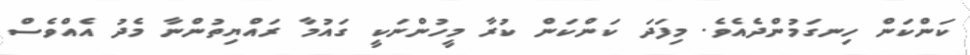
ކަންކަން ހިނގަމުންދެއެވެ. މިފަދަ ކަންކަން ކުރާ މީހުންނަކީ ގައުމާ ރައްޔިތުންނާ މެދު އެއްވެސް